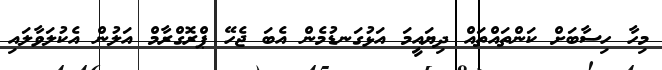
މިހާ ހިސާބަށް ކަންތައްތައް ދިޔައީމަ އަޅުގަނޑުމެން އެބަ ޖެހޭ ޕްރޮގްރާމް އަލުން އެކުލަވާލައި